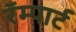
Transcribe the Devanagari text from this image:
रॅम्पार्ट